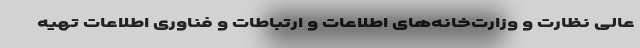
عالی نظارت و وزارت‌خانه‌های اطلاعات و ارتباطات و فناوری اطلاعات تهیه